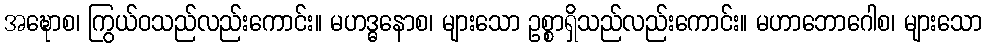
အဍ္ဎောစ၊ ကြွယ်ဝသည်လည်းကောင်း။ မဟဒ္ဓနောစ၊ များသော ဥစ္စာရှိသည်လည်းကောင်း။ မဟာဘောဂေါစ၊ များသော